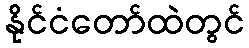
နိုင်ငံတော်ထဲတွင်